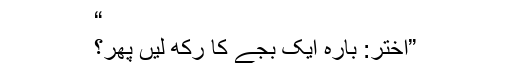
“
”اختر: بارہ ایک بجے کا رکھ لیں پھر؟